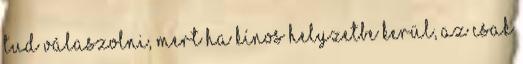
tud válaszolni, mert ha kínos helyzetbe kerül, az csak